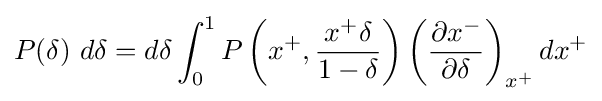
P(\delta )\ d\delta =d\delta \int _{0}^{1}P\left(x^{+},{\frac {x^{+}\delta }{1-\delta }}\right)\left({\frac {\partial x^{-}}{\partial \delta }}\right)_{x^{+}}dx^{+}